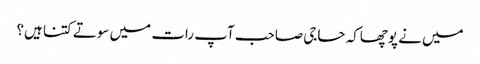
میں نے پوچھاکہ حاجی صاحب آپ رات میں سوتے کتنا ہیں؟